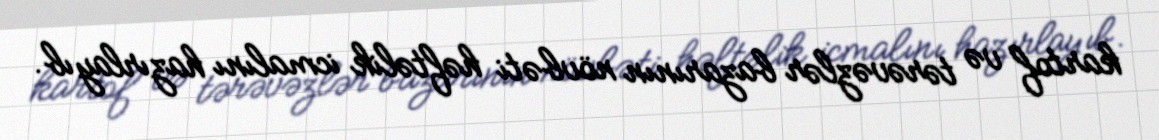
kartof və tərəvəzlər bazarının növbəti həftəlik icmalını hazırlayıb.